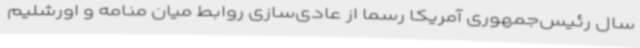
سال رئیس‌جمهوری آمریکا رسماً از عادی‌سازی روابط میان منامه و اورشلیم